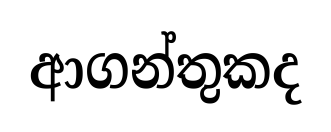
ආගන්තුකද